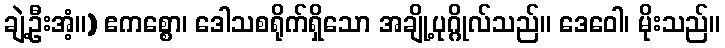
ချဲ့ဦးအံ့။) ဧကစ္စော၊ ဒေါသစရိုက်ရှိသော အချို့ပုဂ္ဂိုလ်သည်။ ဒေဝေါ၊ မိုးသည်။